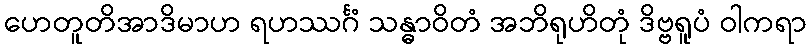
ဟေတူတိအာဒိမာဟ ရဟဿင်္ဂံ သန္ဓာဝိတံ အဘိရုဟိတုံ ဒိဗ္ဗရူပံ ဝါကရာ